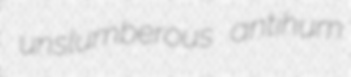
unslumberous antihum